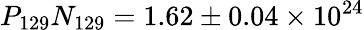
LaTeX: P_{129}N_{129}=1.62\pm 0.04\times 10^{24}